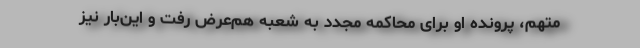
متهم، پرونده او برای محاکمه مجدد به شعبه هم‌عرض رفت و این‌بار نیز